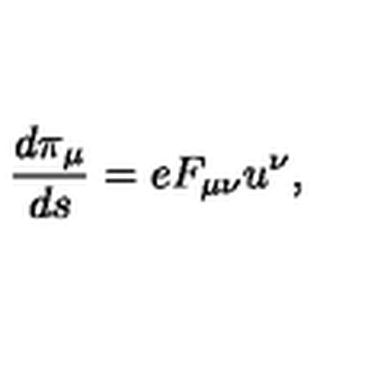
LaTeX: \frac { d \pi _ { \mu } } { d s } = e F _ { \mu \nu } u ^ { \nu } ,